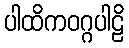
ပါထိကဝဂ္ဂပါဠိ